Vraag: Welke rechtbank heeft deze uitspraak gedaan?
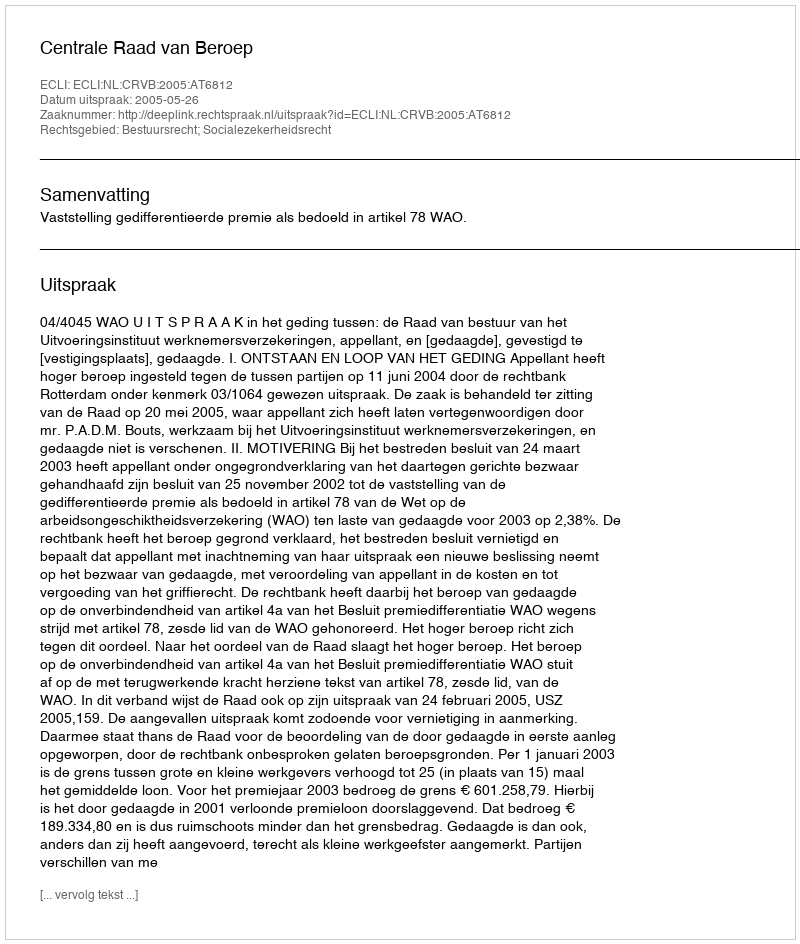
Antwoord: Centrale Raad van Beroep